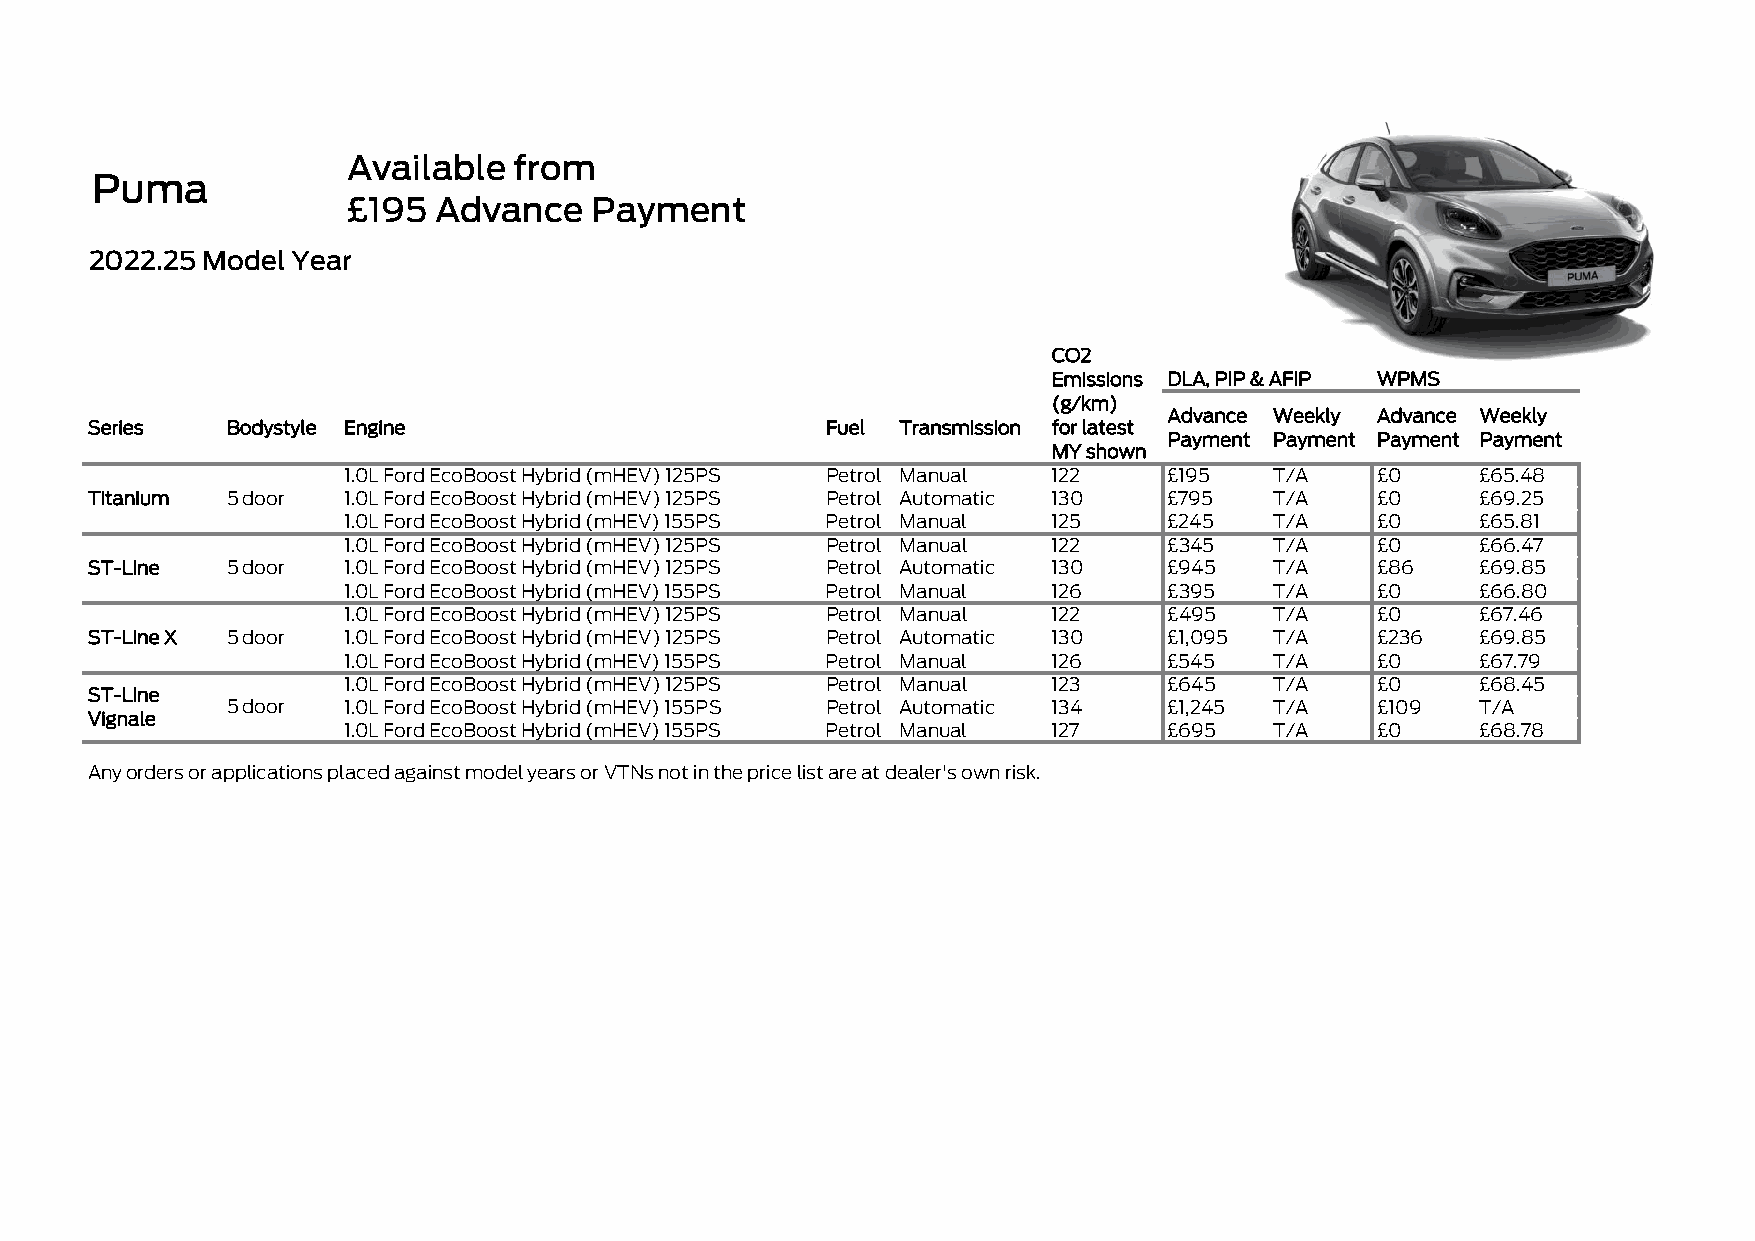
Available  from
 Puma
 £195  Advance   Payment
 2022.25 Model Year
 CO2
 Emissions DLA, PIP & AFIP WPMS
 (g/km)
 Advance Weekly Advance Weekly
 Series   Bodystyle Engine                        Fuel Transmission for latest
 Payment Payment Payment Payment
 MY shown
 1.0L Ford EcoBoost Hybrid (mHEV) 125PS Petrol Manual 122 £195 T/A   £0     £65.48
 Titanium 5 door  1.0L Ford EcoBoost Hybrid (mHEV) 125PS Petrol Automatic 130 £795 T/A £0    £69.25
 1.0L Ford EcoBoost Hybrid (mHEV) 155PS Petrol Manual 125 £245 T/A   £0     £65.81
 1.0L Ford EcoBoost Hybrid (mHEV) 125PS Petrol Manual 122 £345 T/A   £0     £66.47
 ST-Line  5 door  1.0L Ford EcoBoost Hybrid (mHEV) 125PS Petrol Automatic 130 £945 T/A £86   £69.85
 1.0L Ford EcoBoost Hybrid (mHEV) 155PS Petrol Manual 126 £395 T/A   £0     £66.80
 1.0L Ford EcoBoost Hybrid (mHEV) 125PS Petrol Manual 122 £495 T/A   £0     £67.46
 ST-Line X 5 door 1.0L Ford EcoBoost Hybrid (mHEV) 125PS Petrol Automatic 130 £1,095 T/A £236 £69.85
 1.0L Ford EcoBoost Hybrid (mHEV) 155PS Petrol Manual 126 £545 T/A   £0     £67.79
 1.0L Ford EcoBoost Hybrid (mHEV) 125PS Petrol Manual 123 £645 T/A   £0     £68.45
 ST-Line
 5 door  1.0L Ford EcoBoost Hybrid (mHEV) 155PS Petrol Automatic 134 £1,245 T/A £109 T/A
 Vignale
 1.0L Ford EcoBoost Hybrid (mHEV) 155PS Petrol Manual 127 £695 T/A   £0     £68.78
 Any orders or applications placed against model years or VTNs not in the price list are at dealer's own risk.